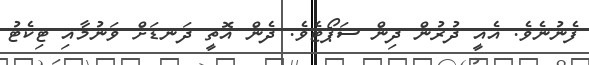
ފެނުނެވެ. އެއީ ދުރުން ދިން ސަޕޯޓެވެ. ދެން އޮތީ ދަނޑަށް ވަނުމާއި ޓިކެޓު